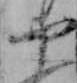
や